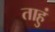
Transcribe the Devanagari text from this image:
ताहुं